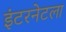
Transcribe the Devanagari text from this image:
इंटरनेटला